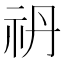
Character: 𥘘